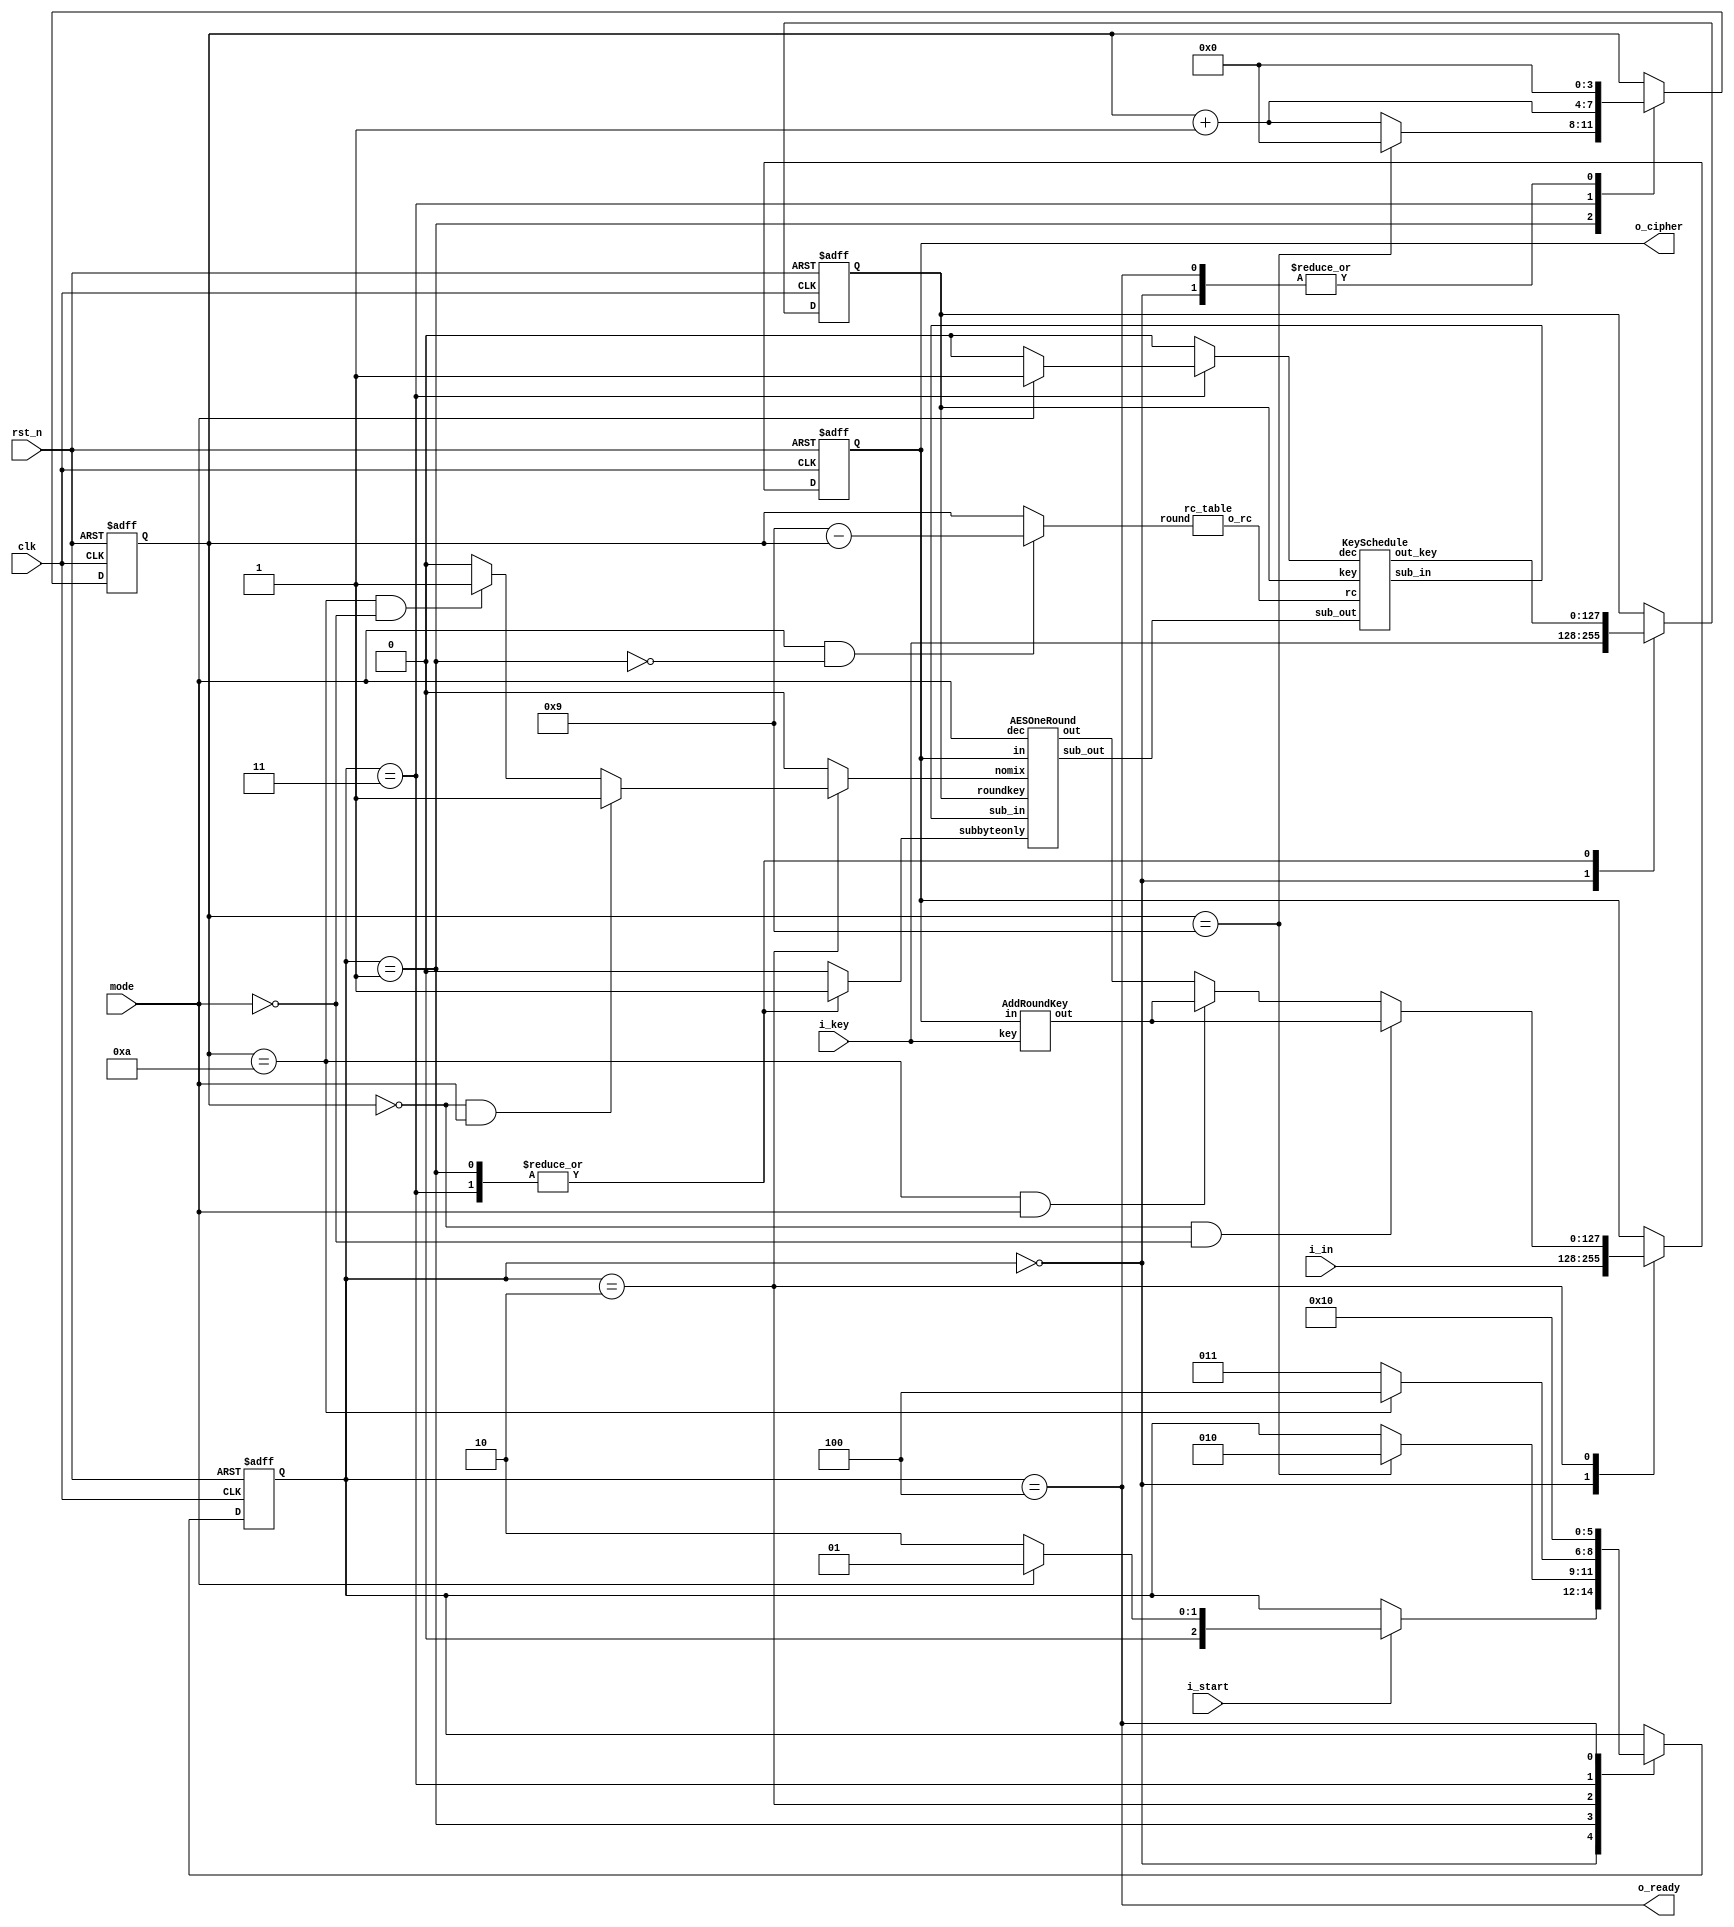
//module AESTOP(plain,key,cipher,clk,rst,start,finish,dec);
module AESTOP(  
    clk,
    rst_n,
    mode, //mode = 1 --> decode?
    i_start,
    i_key,
    i_in,
    o_cipher,
    o_ready
);
input clk,rst_n;
input i_start,mode;
input [127:0] i_key,i_in;
output [127:0] o_cipher;
output o_ready;

//state parameter
localparam S_IDLE = 0;
localparam S_LASTROUNDKEY = 1;
localparam S_COMPUTE = 2;
localparam S_NXTKEY = 3;
localparam S_FIN = 4;

// control
reg [3:0] counter_w,counter_r;
reg [2:0] state_w,state_r;

// data reg and wire
reg [127:0] temp_out_w,temp_out_r;

//module reg and wire
wire [127:0] oneround_in,oneround_out;
reg [127:0] roundkey_w,roundkey_r;
wire [127:0] xor_out;
reg nomix;
reg subbyteonly;
wire [31:0] sub_in,sub_out;
wire [3:0] rc_table_round;

reg key_inv;
wire [7:0] rc;
wire [127:0] key_nxt;

//call module

// KeySchedule key0(
//     .key(i_key), 
//     .roundkeys(roundkeys), 
//     .clk(clk), 
//     .rst_n(rst_n), 
//     .start(key_start), 
//     .finish(key_finish),
//     .sub_in(sub_in),
//     .sub_out(sub_out)
// );
KeySchedule key0(
    .key(roundkey_r), 
    .rc(rc), 
    .dec(key_inv),
    .out_key(key_nxt),
    .sub_in(sub_in),
    .sub_out(sub_out)
);
AESOneRound oneround(
    .in(oneround_in),
    .out(oneround_out),
    .roundkey(roundkey_r),
    .dec(mode),
    .nomix(nomix),
    .subbyteonly(subbyteonly),
    .sub_in(sub_in),
    .sub_out(sub_out)
);

AddRoundKey xor0( //to xor before start of enc / after end of dec
    .in(temp_out_r),
    .key(i_key),
    .out(xor_out)
);

rc_table rctable(
    .round(rc_table_round),
    .o_rc(rc)
);

//wire assignment
//assign xor_in = (mode)? oneround_out:i_in;
assign oneround_in = temp_out_r;
//assign key_start = (state_r == S_ROUNDKEY);
assign rc_table_round = (mode && !(state_r == S_LASTROUNDKEY))? (9-counter_r):counter_r;
//assign oneround_key = roundkeys[1279 -: 128];

//output assignment
assign o_cipher = temp_out_r;
assign o_ready = (state_r == S_FIN);

//comb
//next state logic
always @(*) begin
    state_w = state_r;
    counter_w = counter_r;
    case (state_r)
        S_IDLE:begin
            counter_w = 0;
            if(i_start) begin
                if(mode) begin
                    state_w = S_LASTROUNDKEY;
                end
                else
                    state_w = S_COMPUTE;
            end
        end 
        S_LASTROUNDKEY:begin
            counter_w = counter_r + 1;
            if(counter_r == 9)begin
                state_w = S_COMPUTE;
                counter_w = 0;
            end
        end
        S_COMPUTE:begin
            if(counter_r == 10)
                state_w = S_FIN;
            else
                state_w = S_NXTKEY;
        end
        S_NXTKEY:begin
            state_w = S_COMPUTE;
            counter_w = counter_r + 1;
        end
        S_FIN:begin
            state_w = S_IDLE;
            counter_w = 0;
        end
    endcase
end

always @(*) begin
    temp_out_w = temp_out_r;
    nomix = 0;
    subbyteonly = 0;
    key_inv = 0;
    roundkey_w = roundkey_r;
    case (state_r)
        S_IDLE:begin
            roundkey_w = i_key;
            temp_out_w = i_in;
        end
        S_LASTROUNDKEY:begin
            roundkey_w = key_nxt;
            subbyteonly = 1;
        end
        S_COMPUTE:begin
            temp_out_w = oneround_out;
            if ((counter_r == 10) && (mode))
                temp_out_w = xor_out;
            if (counter_r == 10 && (!(mode)))
                nomix = 1;
            if (counter_r == 0 && mode)
                nomix = 1;
            if (counter_r == 0 && !mode)begin
                temp_out_w = xor_out;
            end
            //round 1 key : roundkeys[1279 -: 128]
            //round 2 key : roundkeys[1279-128 -: 128]
            //round 3 key : roundkeys[1279-128*2 -: 128]
            //round n key : roundkeys[1279-128*(counter_r) -: 128]
        end
        S_NXTKEY:begin
            if(mode)
                key_inv = 1;
            subbyteonly = 1;
            roundkey_w = key_nxt;
        end
    endcase
end

//seq
always @(posedge clk or negedge rst_n) begin
    if(!rst_n)begin
        counter_r <= 0;
        state_r <= S_IDLE;
        temp_out_r <= 0;
        roundkey_r <= 0;
    end
    else begin
        counter_r <= counter_w;
        state_r <= state_w;
        temp_out_r <= temp_out_w;
        roundkey_r <= roundkey_w;
    end
end

endmodule

module rc_table(
    round,o_rc
);
input [3:0] round;
output reg [7:0] o_rc;
always @(*) begin
    case (round)
        0: o_rc = 8'h01;
        1: o_rc = 8'h02;
        2: o_rc = 8'h04;
        3: o_rc = 8'h08;
        4: o_rc = 8'h10;
        5: o_rc = 8'h20;
        6: o_rc = 8'h40;
        7: o_rc = 8'h80;
        8: o_rc = 8'h1b;
        9: o_rc = 8'h36;
        default: o_rc = 0;
    endcase
end


endmodule
module AESOneRound (
    in,out,roundkey,dec,nomix,subbyteonly,sub_in,sub_out,//nomix = 1 when no mixcolumn
);
input [127:0] in,roundkey;
input dec;
input subbyteonly;
input [31:0] sub_in;
output [31:0] sub_out;
output reg [127:0] out;
input nomix;
// input clk;


reg [127:0]  key_in ,inv_sh_in ,mix_in ,sh_in;
wire [127:0] key_out,inv_sh_out,mix_out,sh_out,mix_out_inv;
reg [31:0] sub32_in;
wire [31:0] sub32_out;
reg [95:0] sub96_in;
wire [95:0] sub96_out;

assign sub_out = sub32_out;
wire sub32_dec = dec & (!(subbyteonly));

AddRoundKey add(.in(key_in),.out(key_out),.key(roundkey));
SubByte_32 sub32(.in(sub32_in),.out(sub32_out),.dec(sub32_dec));
SubByte_96 sub96(.in(sub96_in),.out(sub96_out),.dec(dec));
ShiftRow shift(.in(sh_in),.out(sh_out));
InvShiftRow invshift(.in(inv_sh_in),.out(inv_sh_out));
MixColumn mix(.in(mix_in),.out(mix_out),.out_inv(mix_out_inv));

always @(*) begin
    if(nomix)
        inv_sh_in = key_out;
    else
        inv_sh_in = mix_out_inv;
    if(subbyteonly)
        sub32_in = sub_in;
    else begin
        if(dec)
            sub32_in = inv_sh_out[31:0];
        else
            sub32_in = in[31:0];
    end
    sh_in = {sub96_out,sub32_out};
    if(dec)begin //add -> mix -> invsh -> invsub
        key_in = in;
        mix_in = key_out;
        //inv_sh_in = mix_out_inv;
        sub96_in = inv_sh_out[127:32];
        out = {sub96_out,sub32_out};
    end
    else begin //sub -> sh -> mix -> add
        sub96_in = in[127:32];
        if(nomix)
            key_in = sh_out;
        else
            key_in = mix_out;
        //sh_in = sub_out;
        mix_in = sh_out;
        out = key_out;
    end
end



endmodule

module KeySchedule ( // share xor?
    key,rc,out_key,dec,sub_in,sub_out
);
input [127:0] key;
input [7:0] rc;
output reg [127:0] out_key;
output [31:0] sub_in;
input [31:0] sub_out;
input dec;

reg [31:0] out_word [0:3];
reg [31:0] in_word [0:3];
integer i;

reg [31:0] g_in;
wire [31:0] g_out;
GFunction gfunc(.in(g_in),.out(g_out),.rc(rc),.sub_in(sub_in),.sub_out(sub_out));

always @(*) begin
    for(i=0;i<4;i=i+1)begin
        in_word[i] = key[127-32*i -: 32];
        out_key[127-32*i -: 32] = out_word[i];
    end
end

always @(*) begin
    if(dec)begin
        g_in = out_word[3];
        out_word[0] = in_word[0] ^ g_out;
        out_word[1] = in_word[1] ^ in_word[0];
        out_word[2] = in_word[2] ^ in_word[1];
        out_word[3] = in_word[3] ^ in_word[2];
    end
    else begin
        g_in = in_word[3];
        out_word[0] = in_word[0] ^ g_out;
        out_word[1] = in_word[1] ^ out_word[0];
        out_word[2] = in_word[2] ^ out_word[1];
        out_word[3] = in_word[3] ^ out_word[2];
    end
end

endmodule


module GFunction(in,out,rc,sub_in,sub_out);

input [31:0] in;
input [7:0] rc;
output [31:0] out;
output [31:0] sub_in;
input [31:0] sub_out;

wire [7:0] V [0:3];
wire [7:0] V_o [0:3];
wire [7:0] V_o_temp;

assign {V[0],V[1],V[2],V[3]} = in;
assign out = {V_o[0],V_o[1],V_o[2],V_o[3]};

// STable s0(.in(V[0]),.out(V_o[3]));
// STable s1(.in(V[1]),.out(V_o_temp));
// STable s2(.in(V[2]),.out(V_o[1]));
// STable s3(.in(V[3]),.out(V_o[2]));

assign sub_in = {V[0],V[1],V[2],V[3]};
assign {V_o[3],V_o_temp,V_o[1],V_o[2]} = sub_out;

assign V_o[0] = V_o_temp ^ rc;

endmodule
module MixColumn (
    in,out,out_inv
);
input [127:0] in;
output reg [127:0] out,out_inv;

reg [31:0] in_col [0:3];
wire [31:0] out_col [0:3], out_inv_col [0:3];
integer i;
always @(*) begin
    for(i=0;i<4;i=i+1)begin
        in_col[i] = in[127-32*i -: 32];
        out[127-32*i -: 32] = out_col[i];
        out_inv[127-32*i -: 32] = out_inv_col[i];
    end
end
// genvar j;
// generate
//     for (j=0;j<4;j=j+1) begin
//         MixOneColumn m0(.in(in_col[j]),.out(out_col[j]),.out_inv(out_inv_col[j]));
//     end
// endgenerate

MixOneColumn m0(.in(in_col[0]), .out(out_col[0]), .out_inv(out_inv_col[0]));
MixOneColumn m1(.in(in_col[1]), .out(out_col[1]), .out_inv(out_inv_col[1]));
MixOneColumn m2(.in(in_col[2]), .out(out_col[2]), .out_inv(out_inv_col[2]));
MixOneColumn m3(.in(in_col[3]), .out(out_col[3]), .out_inv(out_inv_col[3]));

endmodule


module MixOneColumn (
    in,out,out_inv
);
input [31:0] in;
output [31:0] out,out_inv;

wire [7:0] A [0:3]; //input
reg [7:0] out_w [0:3];//out
wire [7:0] out_inv_w [0:3];
assign {A[0],A[1],A[2],A[3]} = in;
assign out = {out_w[0],out_w[1],out_w[2],out_w[3]};
assign out_inv = {out_inv_w[0],out_inv_w[1],out_inv_w[2],out_inv_w[3]};

wire [7:0] sum; // 4 xor sum
assign sum = A[0] ^ A[1] ^ A[2] ^ A[3];

reg [7:0] two_sum [0:3]; // 0+1 ; 1+2 ; 2+3 ; 3+0
wire [7:0] two_sumx2 [0:3];
integer i;
//two_sum
always @(*) begin
    for(i=0;i<4;i=i+1)begin
        two_sum[i] = A[i] ^ A[(i+1)%4];
    end
end
//two_sumx2
// genvar j;
// generate
//     for(j=0;j<4;j=j+1)begin
//         Xtime x0(.in(two_sum[j]),.out(two_sumx2[j]));
//     end
// endgenerate

Xtime x5(.in(two_sum[0]), .out(two_sumx2[0]));
Xtime x6(.in(two_sum[1]), .out(two_sumx2[1]));
Xtime x7(.in(two_sum[2]), .out(two_sumx2[2]));
Xtime x8(.in(two_sum[3]), .out(two_sumx2[3]));

//out_w
always @(*) begin
    for(i=0;i<4;i=i+1)begin
        out_w[i] = A[i] ^ two_sumx2[i] ^ sum;
    end
end

//out_inv
wire [7:0] sum02 = out_w[0] ^ out_w[2];
wire [7:0] sum13 = out_w[1] ^ out_w[3];
wire [7:0] sum0x2,sum0x4,sum1x2,sum1x4;
Xtime x1(sum02,sum0x2);
Xtime x2(sum0x2,sum0x4);
Xtime x3(sum13,sum1x2);
Xtime x4(sum1x2,sum1x4);
assign out_inv_w[0] = out_w[0] ^ sum0x4;
assign out_inv_w[1] = out_w[1] ^ sum1x4;
assign out_inv_w[2] = out_w[2] ^ sum0x4;
assign out_inv_w[3] = out_w[3] ^ sum1x4;
    
endmodule



module Xtime(
    in,out
);

input [7:0] in;
output [7:0] out;

wire [7:0] shiftin;
wire [7:0] msb_xor;

assign shiftin[7:1] = in[6:0];
assign shiftin[0]   = in[7];

assign msb_xor = {3'b0,in[7],in[7],1'b0,in[7],1'b0};

assign out = shiftin ^ msb_xor;

endmodule
module SubByte (
    in,out,dec
);
input [127:0] in;
output reg [127:0] out;
input dec;

reg [7:0] byte [0:15];
wire [7:0] sub [0:15];
integer i;
always @(*) begin
    for(i=0;i<16;i=i+1)begin
        byte[i] = in[127-8*i -: 8];
        out[127-8*i -: 8] = sub[i];
    end
end
// genvar j;
// generate
//     for (j=0;j<16;j=j+1)begin
//         SubOneByte s0(.in(byte[j]),.out(sub[j]),.dec(dec));
//     end
// endgenerate

SubOneByte s0(.in(byte[0]), .out(sub[0]), .dec(dec));
SubOneByte s1(.in(byte[1]), .out(sub[1]), .dec(dec));
SubOneByte s2(.in(byte[2]), .out(sub[2]), .dec(dec));
SubOneByte s3(.in(byte[3]), .out(sub[3]), .dec(dec));
SubOneByte s4(.in(byte[4]), .out(sub[4]), .dec(dec));
SubOneByte s5(.in(byte[5]), .out(sub[5]), .dec(dec));
SubOneByte s6(.in(byte[6]), .out(sub[6]), .dec(dec));
SubOneByte s7(.in(byte[7]), .out(sub[7]), .dec(dec));
SubOneByte s8(.in(byte[8]), .out(sub[8]), .dec(dec));
SubOneByte s9(.in(byte[9]), .out(sub[9]), .dec(dec));
SubOneByte s10(.in(byte[10]), .out(sub[10]), .dec(dec));
SubOneByte s11(.in(byte[11]), .out(sub[11]), .dec(dec));
SubOneByte s12(.in(byte[12]), .out(sub[12]), .dec(dec));
SubOneByte s13(.in(byte[13]), .out(sub[13]), .dec(dec));
SubOneByte s14(.in(byte[14]), .out(sub[14]), .dec(dec));
SubOneByte s15(.in(byte[15]), .out(sub[15]), .dec(dec));

endmodule

module SubByte_32 (
    in,out,dec
);
input [31:0] in;
output reg [31:0] out;
input dec;

reg [7:0] byte [0:3];
wire [7:0] sub [0:3];
integer i;
always @(*) begin
    for(i=0;i<4;i=i+1)begin
        byte[i] = in[31-8*i -: 8];
        out[31-8*i -: 8] = sub[i];
    end
end
// genvar j;
// generate
//     for (j=0;j<4;j=j+1)begin
//         SubOneByte s0(.in(byte[j]),.out(sub[j]),.dec(dec));
//     end
// endgenerate

SubOneByte s0(.in(byte[0]), .out(sub[0]), .dec(dec));
SubOneByte s1(.in(byte[1]), .out(sub[1]), .dec(dec));
SubOneByte s2(.in(byte[2]), .out(sub[2]), .dec(dec));
SubOneByte s3(.in(byte[3]), .out(sub[3]), .dec(dec));

endmodule

module SubByte_96 (
    in,out,dec
);
input [95:0] in;
output reg [95:0] out;
input dec;

reg [7:0] byte [0:11];
wire [7:0] sub [0:11];
integer i;
always @(*) begin
    for(i=0;i<12;i=i+1)begin
        byte[i] = in[95-8*i -: 8];
        out[95-8*i -: 8] = sub[i];
    end
end
// genvar j;
// generate
//     for (j=0;j<12;j=j+1)begin
//         SubOneByte s0(.in(byte[j]),.out(sub[j]),.dec(dec));
//     end
// endgenerate

SubOneByte s0(.in(byte[0]), .out(sub[0]), .dec(dec));
SubOneByte s1(.in(byte[1]), .out(sub[1]), .dec(dec));
SubOneByte s2(.in(byte[2]), .out(sub[2]), .dec(dec));
SubOneByte s3(.in(byte[3]), .out(sub[3]), .dec(dec));
SubOneByte s4(.in(byte[4]), .out(sub[4]), .dec(dec));
SubOneByte s5(.in(byte[5]), .out(sub[5]), .dec(dec));
SubOneByte s6(.in(byte[6]), .out(sub[6]), .dec(dec));
SubOneByte s7(.in(byte[7]), .out(sub[7]), .dec(dec));
SubOneByte s8(.in(byte[8]), .out(sub[8]), .dec(dec));
SubOneByte s9(.in(byte[9]), .out(sub[9]), .dec(dec));
SubOneByte s10(.in(byte[10]), .out(sub[10]), .dec(dec));
SubOneByte s11(.in(byte[11]), .out(sub[11]), .dec(dec));

endmodule



module SubOneByte (
    in,out,dec
);
input [7:0] in;
output [7:0] out;
input dec;

wire [7:0] c_in,c_out;
wire [7:0] c_in2,c_out2;
wire [7:0] m_in,m_out;
wire [7:0] minv_in,minv_out;
wire [7:0] g_in,g_out;
assign c_in = minv_out;
assign c_in2 = m_out;
assign minv_in = in;
assign g_in = (dec)? c_out:in;
assign m_in = g_out;
assign out = (dec)? g_out:c_out2;

MultiplyM m0(m_in,m_out);
MultiplyMinv m1 (minv_in,minv_out);
AddCinv c0(c_in,c_out);
AddC c1(c_in2,c_out2);
GFInverseTable g0(g_in,g_out);

endmodule

module MultiplyM(
    in,out
);
input [7:0] in;
output reg [7:0] out;
integer i;
always @(*) begin
    for(i=0;i<8;i=i+1)begin
        out[i] = in[i] ^ in[(i+4)%8] ^ in[(i+5)%8] ^ in[(i+6)%8] ^ in[(i+7)%8];
    end
end 

endmodule

module MultiplyMinv(
    in,out
);
input [7:0] in;
output reg [7:0] out;
integer i;
always @(*) begin
    for(i=0;i<8;i=i+1)begin
        out[i] = in[(i+2)%8] ^ in[(i+5)%8] ^ in[(i+7)%8] ;
    end
end
endmodule

module AddC(
    in,out
);
input [7:0] in;
output [7:0] out;

assign out = in ^ 8'b01100011;

endmodule

module AddCinv(
    in,out
);
input [7:0] in;
output [7:0] out;

assign out = in ^ 8'b00000101;

endmodule

module GFInverseTable (
    in,out
);
input [7:0] in;
output reg [7:0] out;
always @(*) begin
    case (in)
        0 : out = 0;
        1 : out = 1; 
        2 : out = 141; 
        3 : out = 246; 
        4 : out = 203; 
        5 : out = 82; 
        6 : out = 123; 
        7 : out = 209; 
        8 : out = 232; 
        9 : out = 79; 
        10 : out = 41; 
        11 : out = 192; 
        12 : out = 176; 
        13 : out = 225; 
        14 : out = 229; 
        15 : out = 199; 
        16 : out = 116; 
        17 : out = 180; 
        18 : out = 170; 
        19 : out = 75; 
        20 : out = 153; 
        21 : out = 43; 
        22 : out = 96; 
        23 : out = 95; 
        24 : out = 88; 
        25 : out = 63; 
        26 : out = 253; 
        27 : out = 204; 
        28 : out = 255; 
        29 : out = 64; 
        30 : out = 238; 
        31 : out = 178; 
        32 : out = 58; 
        33 : out = 110; 
        34 : out = 90; 
        35 : out = 241; 
        36 : out = 85; 
        37 : out = 77; 
        38 : out = 168; 
        39 : out = 201; 
        40 : out = 193; 
        41 : out = 10; 
        42 : out = 152; 
        43 : out = 21; 
        44 : out = 48; 
        45 : out = 68; 
        46 : out = 162; 
        47 : out = 194; 
        48 : out = 44; 
        49 : out = 69; 
        50 : out = 146; 
        51 : out = 108; 
        52 : out = 243; 
        53 : out = 57; 
        54 : out = 102; 
        55 : out = 66; 
        56 : out = 242; 
        57 : out = 53; 
        58 : out = 32; 
        59 : out = 111; 
        60 : out = 119; 
        61 : out = 187; 
        62 : out = 89; 
        63 : out = 25; 
        64 : out = 29; 
        65 : out = 254; 
        66 : out = 55; 
        67 : out = 103; 
        68 : out = 45; 
        69 : out = 49; 
        70 : out = 245; 
        71 : out = 105; 
        72 : out = 167; 
        73 : out = 100; 
        74 : out = 171; 
        75 : out = 19; 
        76 : out = 84; 
        77 : out = 37; 
        78 : out = 233; 
        79 : out = 9; 
        80 : out = 237; 
        81 : out = 92; 
        82 : out = 5; 
        83 : out = 202; 
        84 : out = 76; 
        85 : out = 36; 
        86 : out = 135; 
        87 : out = 191; 
        88 : out = 24; 
        89 : out = 62; 
        90 : out = 34; 
        91 : out = 240; 
        92 : out = 81; 
        93 : out = 236; 
        94 : out = 97; 
        95 : out = 23; 
        96 : out = 22; 
        97 : out = 94; 
        98 : out = 175; 
        99 : out = 211; 
        100 : out = 73; 
        101 : out = 166; 
        102 : out = 54; 
        103 : out = 67; 
        104 : out = 244; 
        105 : out = 71; 
        106 : out = 145; 
        107 : out = 223; 
        108 : out = 51; 
        109 : out = 147; 
        110 : out = 33; 
        111 : out = 59; 
        112 : out = 121; 
        113 : out = 183; 
        114 : out = 151; 
        115 : out = 133; 
        116 : out = 16; 
        117 : out = 181; 
        118 : out = 186; 
        119 : out = 60; 
        120 : out = 182; 
        121 : out = 112; 
        122 : out = 208; 
        123 : out = 6; 
        124 : out = 161; 
        125 : out = 250; 
        126 : out = 129; 
        127 : out = 130; 
        128 : out = 131; 
        129 : out = 126; 
        130 : out = 127; 
        131 : out = 128; 
        132 : out = 150; 
        133 : out = 115; 
        134 : out = 190; 
        135 : out = 86; 
        136 : out = 155; 
        137 : out = 158; 
        138 : out = 149; 
        139 : out = 217; 
        140 : out = 247; 
        141 : out = 2; 
        142 : out = 185; 
        143 : out = 164; 
        144 : out = 222; 
        145 : out = 106; 
        146 : out = 50; 
        147 : out = 109; 
        148 : out = 216; 
        149 : out = 138; 
        150 : out = 132; 
        151 : out = 114; 
        152 : out = 42; 
        153 : out = 20; 
        154 : out = 159; 
        155 : out = 136; 
        156 : out = 249; 
        157 : out = 220; 
        158 : out = 137; 
        159 : out = 154; 
        160 : out = 251; 
        161 : out = 124; 
        162 : out = 46; 
        163 : out = 195; 
        164 : out = 143; 
        165 : out = 184; 
        166 : out = 101; 
        167 : out = 72; 
        168 : out = 38; 
        169 : out = 200; 
        170 : out = 18; 
        171 : out = 74; 
        172 : out = 206; 
        173 : out = 231; 
        174 : out = 210; 
        175 : out = 98; 
        176 : out = 12; 
        177 : out = 224; 
        178 : out = 31; 
        179 : out = 239; 
        180 : out = 17; 
        181 : out = 117; 
        182 : out = 120; 
        183 : out = 113; 
        184 : out = 165; 
        185 : out = 142; 
        186 : out = 118; 
        187 : out = 61; 
        188 : out = 189; 
        189 : out = 188; 
        190 : out = 134; 
        191 : out = 87; 
        192 : out = 11; 
        193 : out = 40; 
        194 : out = 47; 
        195 : out = 163; 
        196 : out = 218; 
        197 : out = 212; 
        198 : out = 228; 
        199 : out = 15; 
        200 : out = 169; 
        201 : out = 39; 
        202 : out = 83; 
        203 : out = 4; 
        204 : out = 27; 
        205 : out = 252; 
        206 : out = 172; 
        207 : out = 230; 
        208 : out = 122; 
        209 : out = 7; 
        210 : out = 174; 
        211 : out = 99; 
        212 : out = 197; 
        213 : out = 219; 
        214 : out = 226; 
        215 : out = 234; 
        216 : out = 148; 
        217 : out = 139; 
        218 : out = 196; 
        219 : out = 213; 
        220 : out = 157; 
        221 : out = 248; 
        222 : out = 144; 
        223 : out = 107; 
        224 : out = 177; 
        225 : out = 13; 
        226 : out = 214; 
        227 : out = 235; 
        228 : out = 198; 
        229 : out = 14; 
        230 : out = 207; 
        231 : out = 173; 
        232 : out = 8; 
        233 : out = 78; 
        234 : out = 215; 
        235 : out = 227; 
        236 : out = 93; 
        237 : out = 80; 
        238 : out = 30; 
        239 : out = 179; 
        240 : out = 91; 
        241 : out = 35; 
        242 : out = 56; 
        243 : out = 52; 
        244 : out = 104; 
        245 : out = 70; 
        246 : out = 3; 
        247 : out = 140; 
        248 : out = 221; 
        249 : out = 156; 
        250 : out = 125; 
        251 : out = 160; 
        252 : out = 205; 
        253 : out = 26; 
        254 : out = 65; 
        255 : out = 28; 

    endcase
end
    
endmodule
module ShiftRow (
    in,out
);// {A0,A1....A15}
/*
    A0  A4  A8  A12
    A1  A5  A9  A13
    A2  A6  A10 A14
    A3  A7  A11 A15

*/

input [127:0] in;
output [127:0] out;

wire [7:0] inbyte [0:15];
wire [7:0] outbyte [0:15];

assign inbyte[ 0] = in[127:120];
assign inbyte[ 1] = in[119:112];
assign inbyte[ 2] = in[111:104];
assign inbyte[ 3] = in[103:96];
assign inbyte[ 4] = in[95:88];
assign inbyte[ 5] = in[87:80];
assign inbyte[ 6] = in[79:72];
assign inbyte[ 7] = in[71:64];
assign inbyte[ 8] = in[63:56];
assign inbyte[ 9] = in[55:48];
assign inbyte[10] = in[47:40];
assign inbyte[11] = in[39:32];
assign inbyte[12] = in[31:24];
assign inbyte[13] = in[23:16];
assign inbyte[14] = in[15:8];
assign inbyte[15] = in[7:0] ;

assign outbyte[ 0] = inbyte[ 0];
assign outbyte[ 1] = inbyte[ 5];
assign outbyte[ 2] = inbyte[10];
assign outbyte[ 3] = inbyte[15];
assign outbyte[ 4] = inbyte[ 4];
assign outbyte[ 5] = inbyte[ 9];
assign outbyte[ 6] = inbyte[14];
assign outbyte[ 7] = inbyte[ 3];
assign outbyte[ 8] = inbyte[ 8];
assign outbyte[ 9] = inbyte[13];
assign outbyte[10] = inbyte[ 2];
assign outbyte[11] = inbyte[ 7];
assign outbyte[12] = inbyte[12];
assign outbyte[13] = inbyte[ 1];
assign outbyte[14] = inbyte[ 6];
assign outbyte[15] = inbyte[11];

assign out = {outbyte[ 0],
            outbyte[ 1],
            outbyte[ 2],
            outbyte[ 3],
            outbyte[ 4],
            outbyte[ 5],
            outbyte[ 6],
            outbyte[ 7],
            outbyte[ 8],
            outbyte[ 9],
            outbyte[10],
            outbyte[11],
            outbyte[12],
            outbyte[13],
            outbyte[14],
            outbyte[15]};


    
endmodule


module InvShiftRow (
    in,out
);
// {A0,A1....A15}
/*
    A0  A4  A8  A12
    A1  A5  A9  A13
    A2  A6  A10 A14
    A3  A7  A11 A15
*/

/*
    A0  A4  A8  A12
    A13 A1  A5  A9
    A10 A14 A2  A6
    A7  A11 A15 A3
*/

input [127:0] in;
output [127:0] out;

wire [7:0] inbyte [0:15];
wire [7:0] outbyte [0:15];

assign inbyte[ 0] = in[127:120];
assign inbyte[ 1] = in[119:112];
assign inbyte[ 2] = in[111:104];
assign inbyte[ 3] = in[103:96];
assign inbyte[ 4] = in[95:88];
assign inbyte[ 5] = in[87:80];
assign inbyte[ 6] = in[79:72];
assign inbyte[ 7] = in[71:64];
assign inbyte[ 8] = in[63:56];
assign inbyte[ 9] = in[55:48];
assign inbyte[10] = in[47:40];
assign inbyte[11] = in[39:32];
assign inbyte[12] = in[31:24];
assign inbyte[13] = in[23:16];
assign inbyte[14] = in[15:8];
assign inbyte[15] = in[7:0] ;

assign outbyte[ 0] = inbyte[ 0];
assign outbyte[ 1] = inbyte[13];
assign outbyte[ 2] = inbyte[10];
assign outbyte[ 3] = inbyte[ 7];
assign outbyte[ 4] = inbyte[ 4];
assign outbyte[ 5] = inbyte[ 1];
assign outbyte[ 6] = inbyte[14];
assign outbyte[ 7] = inbyte[11];
assign outbyte[ 8] = inbyte[ 8];
assign outbyte[ 9] = inbyte[ 5];
assign outbyte[10] = inbyte[ 2];
assign outbyte[11] = inbyte[15];
assign outbyte[12] = inbyte[12];
assign outbyte[13] = inbyte[ 9];
assign outbyte[14] = inbyte[ 6];
assign outbyte[15] = inbyte[ 3];

assign out  = { outbyte[ 0], outbyte[ 1], outbyte[ 2], outbyte[ 3],
                outbyte[ 4], outbyte[ 5], outbyte[ 6], outbyte[ 7],
                outbyte[ 8], outbyte[ 9], outbyte[10], outbyte[11],
                outbyte[12], outbyte[13], outbyte[14],outbyte[15]};

endmodule

module AddRoundKey (
    in,key,out
);
    input [127:0] in,key;
    output [127:0] out;
    assign out = in^key;
endmodule